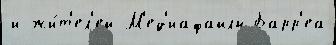
и жи́т'ел'ей М'ед'иафайлы Барр'еа